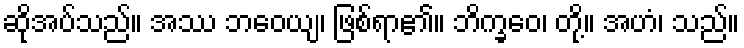
ဆိုအပ်သည်။ အဿ ဘဝေယျ၊ ဖြစ်ရာ၏။ ဘိက္ခဝေ၊ တို့။ အဟံ၊ သည်။